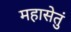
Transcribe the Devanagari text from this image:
महासेतुं